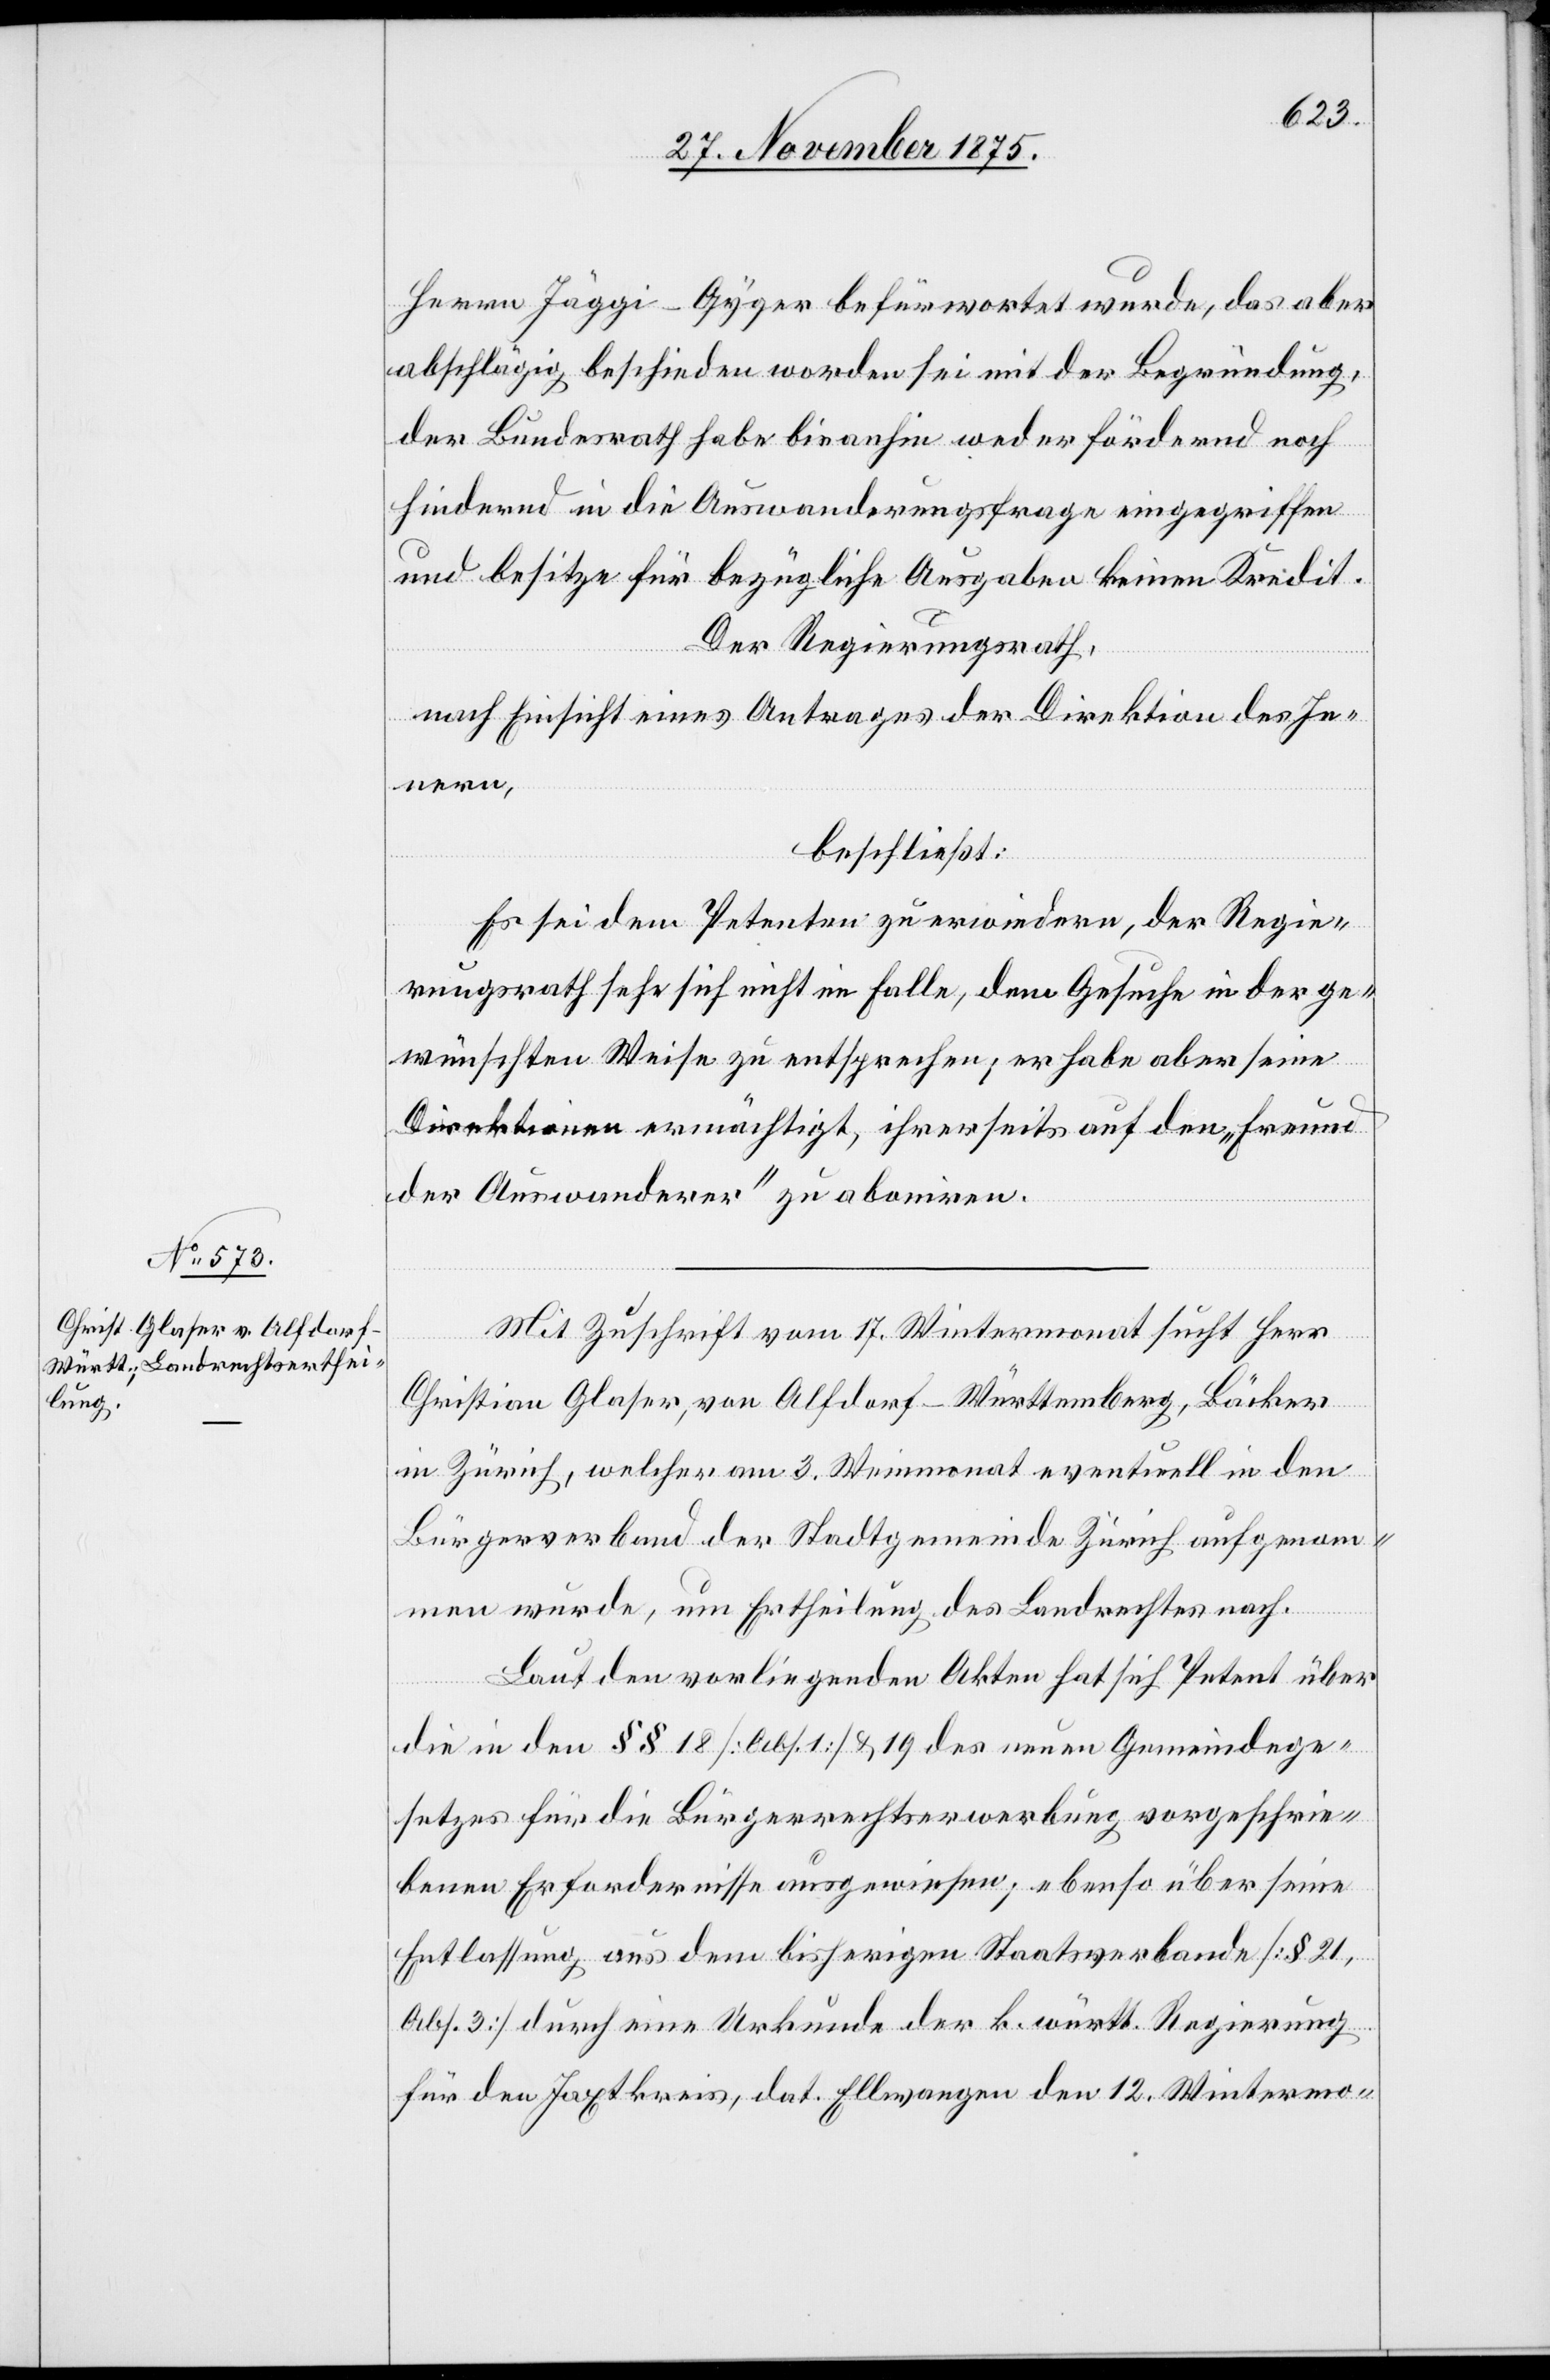
Herrn Jäggi-Gyger befürwortet wurde, das aber
abschlägig beschieden worden sei mit der Begründung,
der Bundesrath habe bis anhin weder fördernd noch
hindernd in die Auswanderungsfrage eingegriffen
und besitze für bezügliche Ausgaben keinen Kredit.
Der Regierungsrath,
nach Einsicht eines Antrages der Direktion des In¬
nern,
beschließt:
Es sei dem Petenten zu erwiedern, der Regie¬
rungsrath sehe sich nicht im Falle, dem Gesuche in der ge¬
wünschten Weise zu entsprechen; er habe aber seine
Direktionen ermächtigt, ihrerseits auf [sic!] den „Freund
der Auswanderer“ zu aboniren.